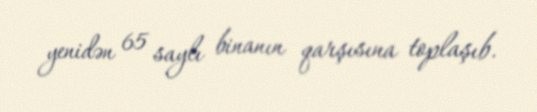
yenidən 65 saylı binanın qarşısına toplaşıb.